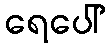
ရေပေါ်